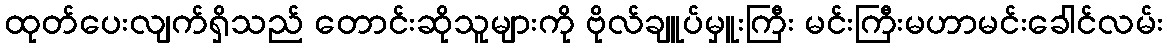
ထုတ်ပေးလျက်ရှိသည် တောင်းဆိုသူများကို ဗိုလ်ချူပ်မှူးကြီး မင်းကြီးမဟာမင်းခေါင်လမ်း